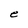
Character: e